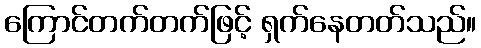
ကြောင်တက်တက်ဖြင့် ရှက်နေတတ်သည်။